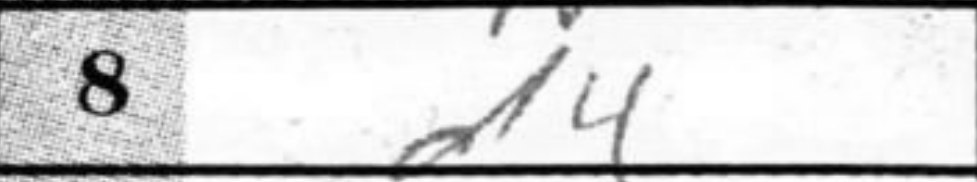
Transcription: d4